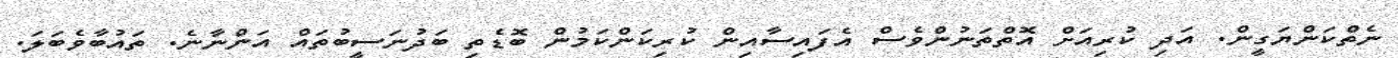
ނެތްކަންޔަގީން. އަދި ކުރިއަށް އޮތްތަނުންވެސް އެފައިސާއިން ކުރިކަންކަމުން ބޮޑެތި ބަދުނަސީބުތައް އަންނާނެ. ތައުބާވެބަލަ.